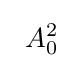
\left.\right.A_{0}^{2}